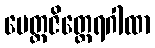
မေတ္တဇိတ္ထေရဂါထာ